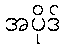
အပိုဒ်